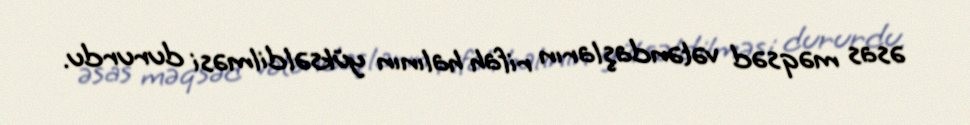
əsas məqsəd vətəndaşların rifah halının yüksəldilməsi dururdu.